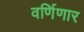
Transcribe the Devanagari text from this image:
वर्णिणार